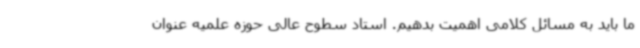
ما باید به مسائل کلامی اهمیت بدهیم. استاد سطوح عالی حوزه علمیه عنوان